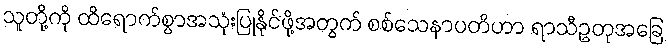
သူတို့ကို ထိရောက်စွာအသုံးပြုနိုင်ဖို့အတွက် စစ်သေနာပတိဟာ ရာသီဥတုအခြေ